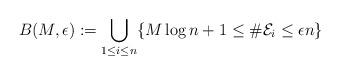
LaTeX: \begin{align*}B(M,\epsilon) := \bigcup_{1 \leq i \leq n}\{M \log{n}+1 \leq \#{\cal E}_i \leq \epsilon n\}\end{align*}